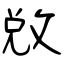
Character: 敚